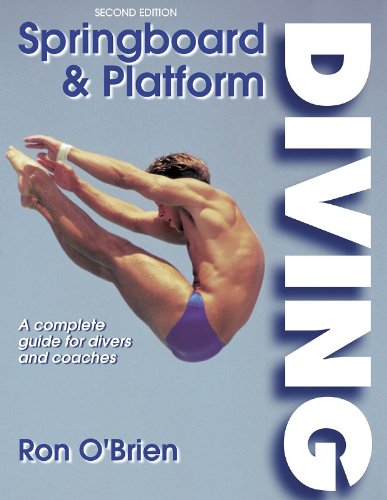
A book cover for Springboard and Platform Diving - 2nd Edition; Ronald O'Brien; Sports & Outdoors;